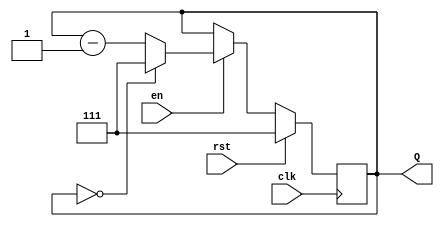
module binary_down_counter #(
    parameter MAX_COUNT = 8  // Define the maximum count value (2^N - 1)
)(
    input wire clk,           // Clock signal
    input wire rst,           // Reset signal (active high)
    input wire en,            // Enable signal
    output reg [N-1:0] Q      // Count output
);
    localparam N = $clog2(MAX_COUNT); // Calculate the number of bits needed

    // Initial value of the counter
    initial begin
        Q = MAX_COUNT - 1; // Initialize to maximum value
    end

    // Synchronous process
    always @(posedge clk) begin
        if (rst) begin
            Q <= MAX_COUNT - 1; // Reset to maximum value
        end else if (en) begin
            if (Q == 0) begin
                Q <= MAX_COUNT - 1; // Wrap around to maximum value
            end else begin
                Q <= Q - 1; // Decrement the counter
            end
        end
    end
endmodule